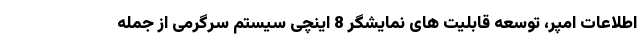
اطلاعات امپر، توسعه قابلیت های نمایشگر 8 اینچی سیستم سرگرمی از جمله